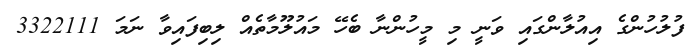
ފުލުހުންގެ އިއުލާންގައި ވަނީ މި މީހުންނާ ބެހޭ މައުލޫމާތެއް ލިބިފައިވާ ނަމަ 3322111